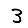
Digit: 3